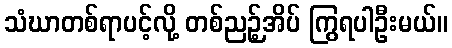
သံဃာတစ်ရာပင့်လို့ တစ်ညဉ့်အိပ် ကြွရပါဦးမယ်။